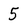
Character: 5